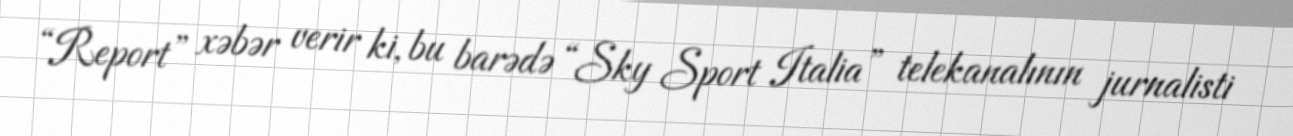
“Report” xəbər verir ki, bu barədə “Sky Sport Italia” telekanalının jurnalisti